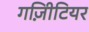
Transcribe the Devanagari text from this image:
गज़िीटियर